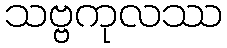
သဗ္ဗကုလဿ